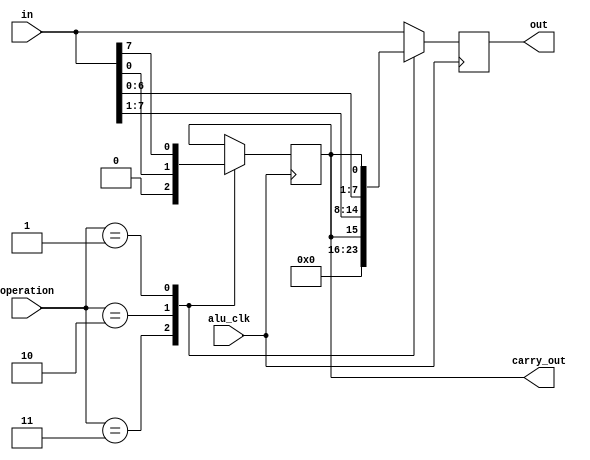
module lhs #(
    parameter WIDTH = 8
) (
    input alu_clk,
    input [1:0] operation,
    input [WIDTH-1:0] in,
    output reg [WIDTH-1:0] out,
    output carry_out
);
    reg carry = 0;
    initial begin
        out = 0;
    end

    // do everything at a clock edge to make timing more predictable
    always @(posedge alu_clk) begin
        // if (alu_clk) begin
            case (operation)
                // Zero
                2'b11: begin
                    carry <= 0;
                    out <= 0;
                end
                // Shift Right
                2'b10: begin
                    carry <= in[0];
                    out <= {carry, in[WIDTH-1:1]};
                end
                // Shift Left
                2'b01: begin
                    carry <= in[WIDTH-1];
                    out <= {in[WIDTH-2:0], carry};
                end
                // Pass Through
                default: begin
                    carry <= carry;
                    out <= in;
                end
            endcase
        // end else begin
        //     carry_out <= carry_out;
        //     out <= out;
        // end
    end
    assign carry_out = carry;
endmodule